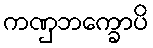
ကဏှဘက္ခောပိ